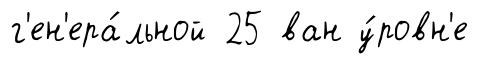
г'ен'ера́льной 25 ван у́ровн'е